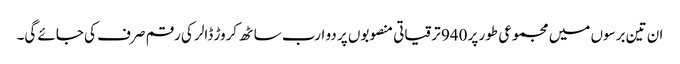
ان تین برسوں میں مجموعی طور پر 940 ترقیاتی منصوبوں پر دو ارب ساٹھ کروڑ ڈالر کی رقم صرف کی جائے گی۔